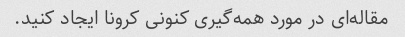
مقاله‌ای در مورد همه‌گیری کنونی کرونا ایجاد کنید.